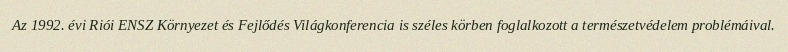
Az 1992. évi Riói ENSZ Környezet és Fejlődés Világkonferencia is széles körben foglalkozott a természetvédelem problémáival.